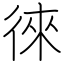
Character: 徠